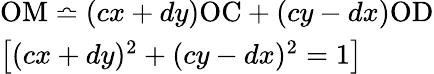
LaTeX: \begin{array}{l}{\mathrm{OM}\bumpeq(cx+dy)\mathrm{OC}+(cy-dx)\mathrm{OD}}\\ {\left[(cx+dy)^{2}+(cy-dx)^{2}=1\right]}\end{array}